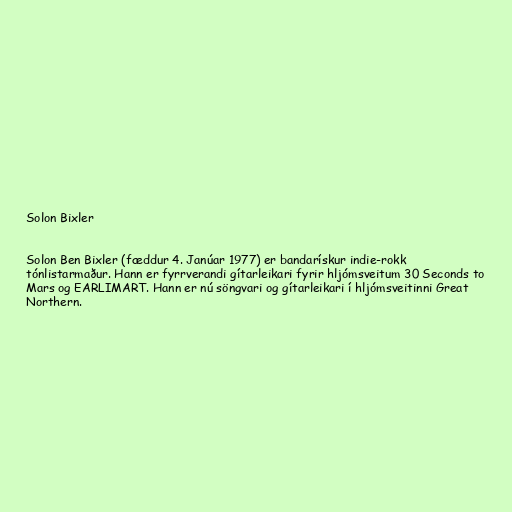
Solon Bixler

Solon Ben Bixler (fæddur 4. Janúar 1977) er bandarískur indie-rokk
tónlistarmaður. Hann er fyrrverandi gítarleikari fyrir hljómsveitum 30 Seconds to
Mars og EARLIMART. Hann er nú söngvari og gítarleikari í hljómsveitinni Great
Northern.